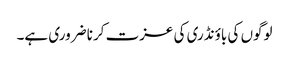
لوگوں کی باؤنڈری کی عزت کرنا ضروری ہے۔